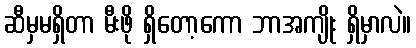
ဆီမှမရှိတာ မီးဖို ရှိတော့ကော ဘာအကျိုး ရှိမှာလဲ။